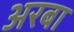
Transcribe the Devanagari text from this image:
अरबा